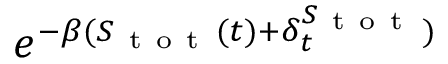
e ^ { - \beta ( S _ { \mathrm { ~ t ~ o ~ t ~ } } ( t ) + \delta _ { t } ^ { S _ { \mathrm { ~ t ~ o ~ t ~ } } } ) }